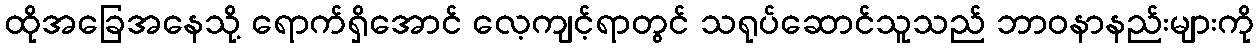
ထိုအခြေအနေသို့ ရောက်ရှိအောင် လေ့ကျင့်ရာတွင် သရုပ်ဆောင်သူသည် ဘာဝနာနည်းများကို